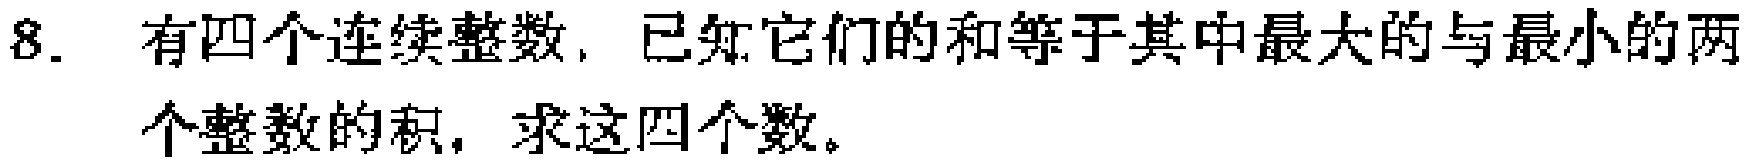
8. 有四个连续整数，已知它们的和等于其中最大的与最小的两个整数的积，求这四个数。